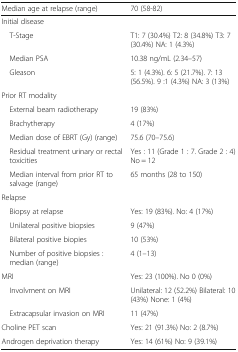
| Median age at relapse (range) | 70 (58-82) |
 | --- | --- |
 | <COLSPAN=2> Initial disease |
 | T-Stage | T1: 7 (30.4%) T2: 8 (34.8%) T3: 7 (30.4%) NA: 1 (4.3%) |
 | Median PSA | 10.38 ng/mL (2.34–57) |
 | Gleason | 5: 1 (4.3%). 6: 5 (21.7%). 7: 13 (56.5%). 9 :1 (4.3%) NA: 3 (13%) |
 | <COLSPAN=2> Prior RT modality |
 | External beam radiotherapy | 19 (83%) |
 | Brachytherapy | 4 (17%) |
 | Median dose of EBRT (Gy) (range) | 75.6 (70–75.6) |
 | Residual treatment urinary or rectal toxicities | Yes : 11 (Grade 1 : 7. Grade 2 : 4) No = 12 |
 | Median interval from prior RT to salvage (range) | 65 months (28 to 150) |
 | <COLSPAN=2> Relapse |
 | Biopsy at relapse | Yes: 19 (83%). No: 4 (17%) |
 | Unilateral positive biopsies | 9 (47%) |
 | Bilateral positive biopies | 10 (53%) |
 | Number of positive biopsies : median (range) | 4 (1–13) |
 | MRI | Yes: 23 (100%). No 0 (0%) |
 | Involvment on MRI | Unilateral: 12 (52.2%) Bilateral: 10 (43%) None: 1 (4%) |
 | Extracapsular invasion on MRI | 11 (47%) |
 | Choline PET scan | Yes: 21 (91.3%) No: 2 (8.7%) |
 | Androgen deprivation therapy | Yes: 14 (61%) No: 9 (39.1%) |